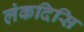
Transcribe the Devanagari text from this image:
लंकदिसि